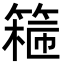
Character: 𬕣